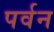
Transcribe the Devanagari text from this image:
पर्वन